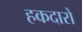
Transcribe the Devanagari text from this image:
हकदारों